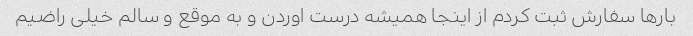
بارها سفارش ثبت کردم از اینجا همیشه درست اوردن و به موقع و سالم خیلی راضیم